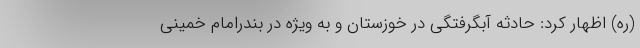
(ره) اظهار کرد: حادثه آبگرفتگی در خوزستان و به ویژه در بندرامام خمینی